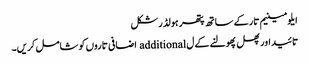
ایلومینیم تار کے ساتھ پتھر ہولڈر شکل
تائید اور پھل پھولنے کے ل additional اضافی تاروں کو شامل کریں۔